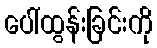
ပေါ်ထွန်းခြင်းကို